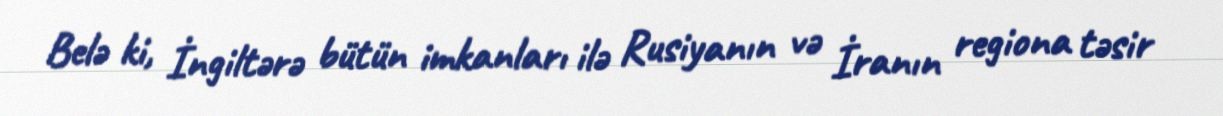
Belə ki, İngiltərə bütün imkanları ilə Rusiyanın və İranın regiona təsir